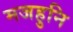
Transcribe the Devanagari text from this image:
मजहुनि